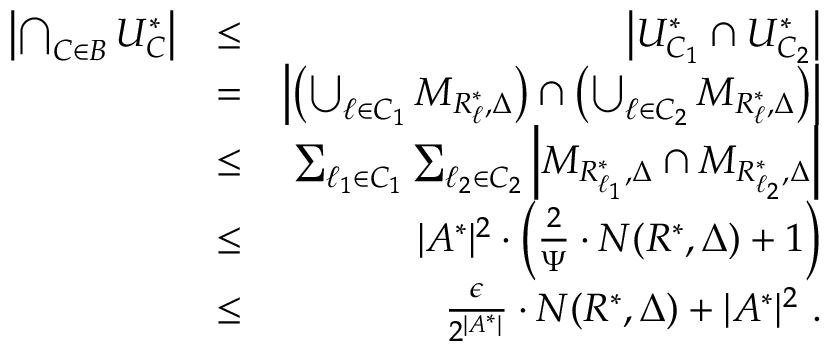
\begin{array} { r l r } { \left| \bigcap _ { C \in B } U _ { C } ^ { * } \right| } & { \leq } & { \left| U _ { C _ { 1 } } ^ { * } \cap U _ { C _ { 2 } } ^ { * } \right| } \\ & { = } & { \left| \left( \bigcup _ { \ell \in C _ { 1 } } { \cal M } _ { R _ { \ell } ^ { * } , \Delta } \right) \cap \left( \bigcup _ { \ell \in C _ { 2 } } { \cal M } _ { R _ { \ell } ^ { * } , \Delta } \right) \right| } \\ & { \leq } & { \sum _ { \ell _ { 1 } \in C _ { 1 } } \sum _ { \ell _ { 2 } \in C _ { 2 } } \left| { \cal M } _ { R _ { \ell _ { 1 } } ^ { * } , \Delta } \cap { \cal M } _ { R _ { \ell _ { 2 } } ^ { * } , \Delta } \right| } \\ & { \leq } & { | { \cal A } ^ { * } | ^ { 2 } \cdot \left( \frac { 2 } { \Psi } \cdot N ( { \cal R } ^ { * } , \Delta ) + 1 \right) } \\ & { \leq } & { \frac { \epsilon } { 2 ^ { | { \cal A } ^ { * } | } } \cdot N ( { \cal R } ^ { * } , \Delta ) + | { \cal A } ^ { * } | ^ { 2 } \ . } \end{array}